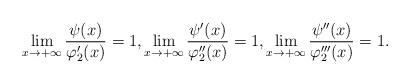
LaTeX: \begin{align*}\lim_{x \to +\infty} \frac{\psi(x)}{\varphi_2'(x)} = 1, \lim_{x \to +\infty} \frac{\psi'(x)}{\varphi_2''(x)} = 1, \lim_{x \to +\infty} \frac{\psi''(x)}{\varphi_2'''(x)} = 1.\end{align*}